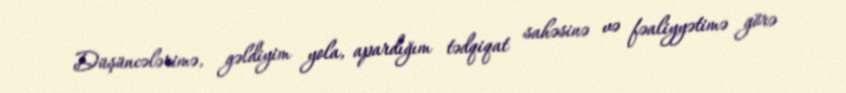
Düşüncələrimə, gəldiyim yola, apardığım tədqiqat sahəsinə və fəaliyyətimə görə